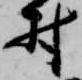
村